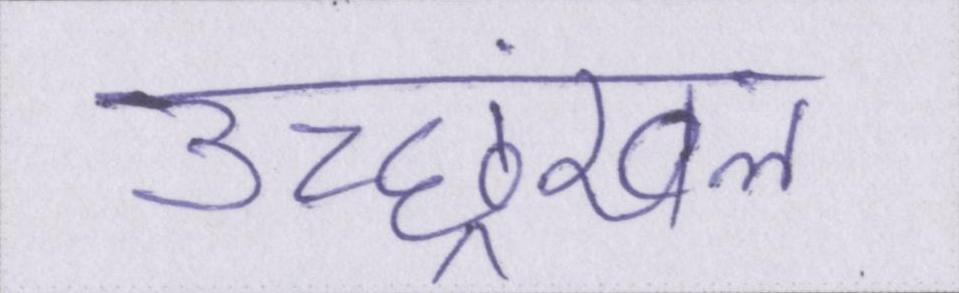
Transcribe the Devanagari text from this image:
उच्छ्रंखल